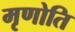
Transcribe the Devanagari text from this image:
मृणोति